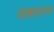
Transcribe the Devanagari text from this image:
वाक्यरचनागत